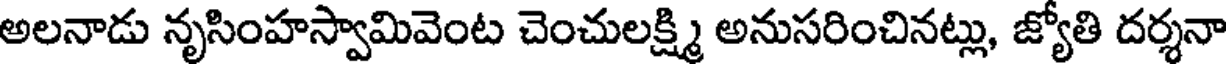
అలనాడు నృసింహస్వామివెంట చెంచులక్ష్మి అనుసరించినట్లు, జ్యోతి దర్శనా